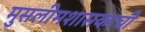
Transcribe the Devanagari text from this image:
मुसलीमशासकाची